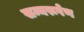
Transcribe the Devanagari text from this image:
सम्यरूपेण